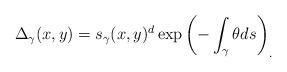
LaTeX: \begin{align*}\Delta_\gamma(x,y) = s_\gamma(x,y)^d\exp\left( - \int_\gamma \theta ds \right)_.\end{align*}